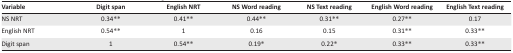
<table><thead><tr><td><b>Variable</b></td><td><b>Digit span</b></td><td><b>English NRT</b></td><td><b>NS Word reading</b></td><td><b>NS Text reading</b></td><td><b>English Word reading</b></td><td><b>English Text reading</b></td></tr></thead><tbody><tr><td>NS NRT</td><td>0.34**</td><td>0.41**</td><td>0.44**</td><td>0.31**</td><td>0.27**</td><td>0.17</td></tr><tr><td>English NRT</td><td>0.54**</td><td>1</td><td>0.16</td><td>0.15</td><td>0.31**</td><td>0.33**</td></tr><tr><td>Digit span</td><td>1</td><td>0.54**</td><td>0.19*</td><td>0.22*</td><td>0.33**</td><td>0.33**</td></tr></tbody></table>